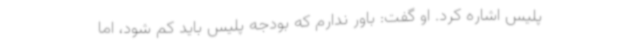
پلیس اشاره کرد. او گفت: باور ندارم که بودجه پلیس باید کم شود، اما